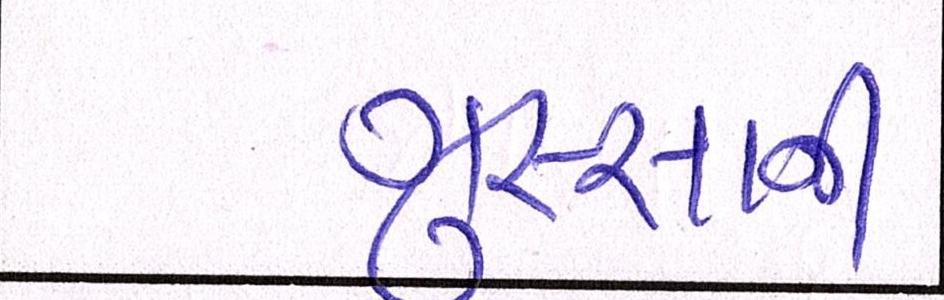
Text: ગુસ્સાની